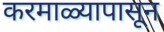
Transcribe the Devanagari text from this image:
करमाळ्यापासून